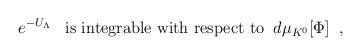
LaTeX: \begin{align*}e^{-U_\Lambda} \; \; \; \mbox{is integrable with respect to} \; \;d\mu_{K^0}[\Phi] \; \; ,\end{align*}